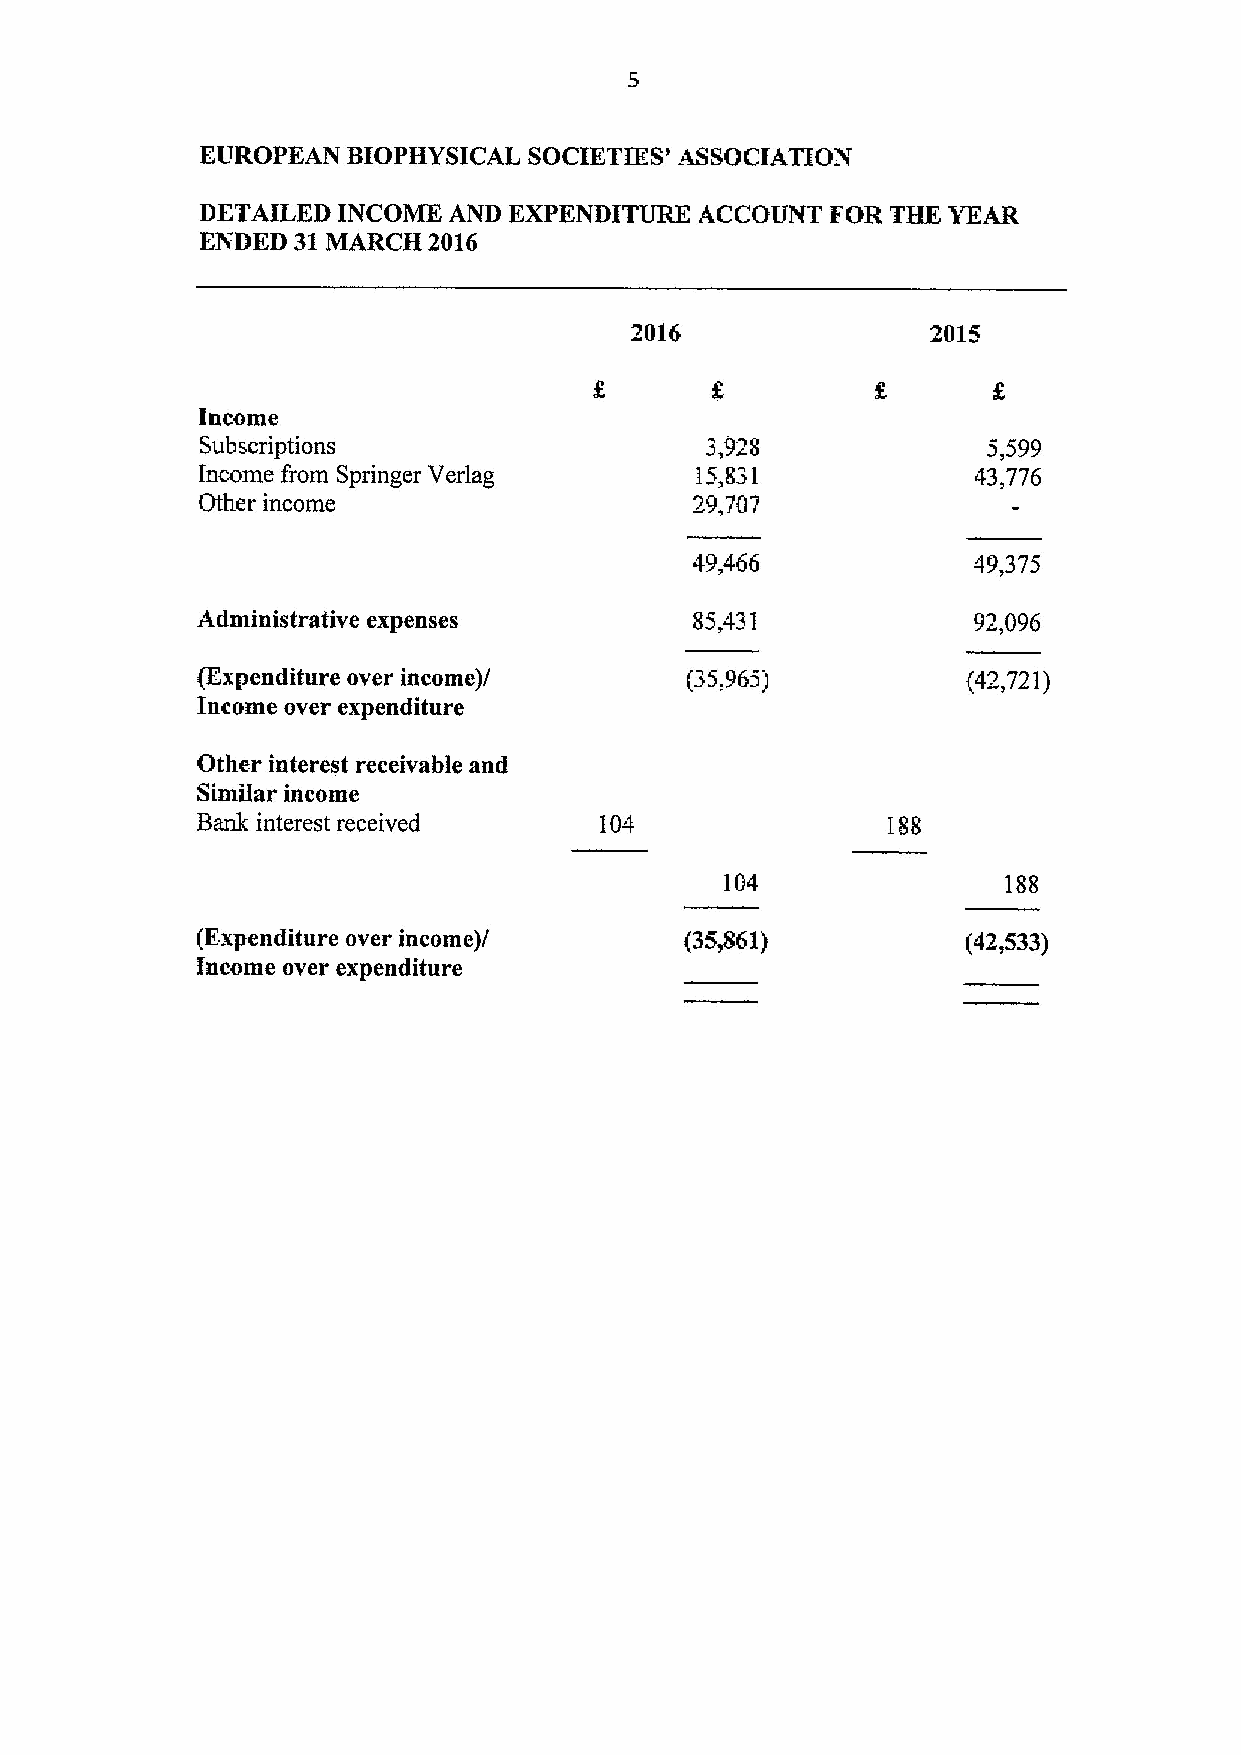
EUROPEAN  BIOPHYSICAL SOCIETIES' ASSOCIATION
 DETAILED INCOMK  AND EXPENDITURE ACCOUNT  FOR THE YEAR
 ENDED 31MARCH  2016
 2016                2015
 Income
 Subscriptions                     3,928             5,599
 Income from Springer Verlag      15,831             43,776
 Other income                     29,707
 49,466            49,375
 Administrative expenses          85,431            92,096
 (Expenditure over income)/      (35,965)           (42,721)
 Income over expenditure
 Other interest receivable and
 Similar income
 Bank interest received                        188
 104               188
 j
 (Expenditure over income)       (35,861)           (42,533)
 Income over expenditure